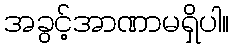
အခွင့်အာဏာမရှိပါ။